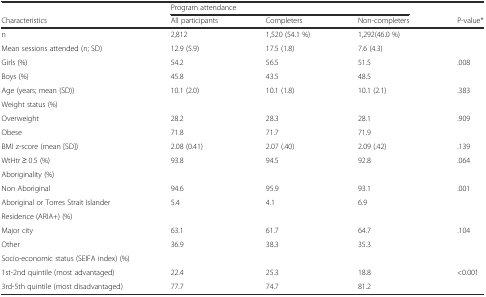
<table><thead><tr><td></td><td colspan="3"><b>Program attendance</b></td><td></td></tr><tr><td><b>Characteristics</b></td><td><b>All participants</b></td><td><b>Completers</b></td><td><b>Non-completers</b></td><td><b>P-value*</b></td></tr></thead><tbody><tr><td>n</td><td>2,812</td><td>1,520 (54.1 %)</td><td>1,292(46.0 %)</td><td></td></tr><tr><td>Mean sessions attended (n; SD)</td><td>12.9 (5.9)</td><td>17.5 (1.8)</td><td>7.6 (4.3)</td><td></td></tr><tr><td>Girls (%)</td><td>54.2</td><td>56.5</td><td>51.5</td><td>.008</td></tr><tr><td>Boys (%)</td><td>45.8</td><td>43.5</td><td>48.5</td><td></td></tr><tr><td>Age (years; mean (SD))</td><td>10.1 (2.0)</td><td>10.1 (1.8)</td><td>10.1 (2.1)</td><td>.383</td></tr><tr><td>Weight status (%)</td><td></td><td></td><td></td><td></td></tr><tr><td>Overweight</td><td>28.2</td><td>28.3</td><td>28.1</td><td>.909</td></tr><tr><td>Obese</td><td>71.8</td><td>71.7</td><td>71.9</td><td></td></tr><tr><td>BMI z-score (mean [SD])</td><td>2.08 (0.41)</td><td>2.07 (.40)</td><td>2.09 (.42)</td><td>.139</td></tr><tr><td>WtHtr ≥ 0.5 (%)</td><td>93.8</td><td>94.5</td><td>92.8</td><td>.064</td></tr><tr><td>Aboriginality (%)</td><td></td><td></td><td></td><td></td></tr><tr><td>Non Aboriginal</td><td>94.6</td><td>95.9</td><td>93.1</td><td>.001</td></tr><tr><td>Aboriginal or Torres Strait Islander</td><td>5.4</td><td>4.1</td><td>6.9</td><td></td></tr><tr><td>Residence (ARIA+) (%)</td><td></td><td></td><td></td><td></td></tr><tr><td>Major city</td><td>63.1</td><td>61.7</td><td>64.7</td><td>.104</td></tr><tr><td>Other</td><td>36.9</td><td>38.3</td><td>35.3</td><td></td></tr><tr><td colspan="3">Socio-economic status (SEIFA index) (%)</td><td></td><td></td></tr><tr><td>1st-2nd quintile (most advantaged)</td><td>22.4</td><td>25.3</td><td>18.8</td><td>&lt;0.001</td></tr><tr><td>3rd-5th quintile (most disadvantaged)</td><td>77.7</td><td>74.7</td><td>81.2</td><td></td></tr></tbody></table>